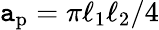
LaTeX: \mathtt{a}_{\mathrm{{p}}}=\pi\ell_{1}\ell_{2}/4